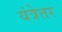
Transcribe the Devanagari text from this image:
यंत्रेत्तर